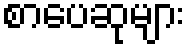
စာပေဆုများ